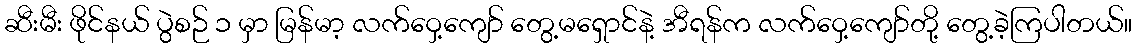
ဆီးမီး ဖိုင်နယ် ပွဲစဉ် ၁ မှာ မြန်မာ့ လက်ဝှေ့ကျော် တွေ့မရှောင်နဲ့ အီရန်က လက်ဝှေ့ကျော်တို့ တွေ့ခဲ့ကြပါတယ်။